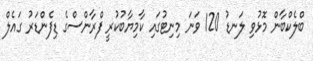
ބްލެކްބާން މޮޅުވި ލަނޑު 120 ވަނަ މިނިޓުގައި ކާމިޔާބުކުރީ ފްރާންސްގެ ޑިފެންޑަރު ގައެލް